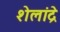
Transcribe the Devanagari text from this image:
शेलांद्रे